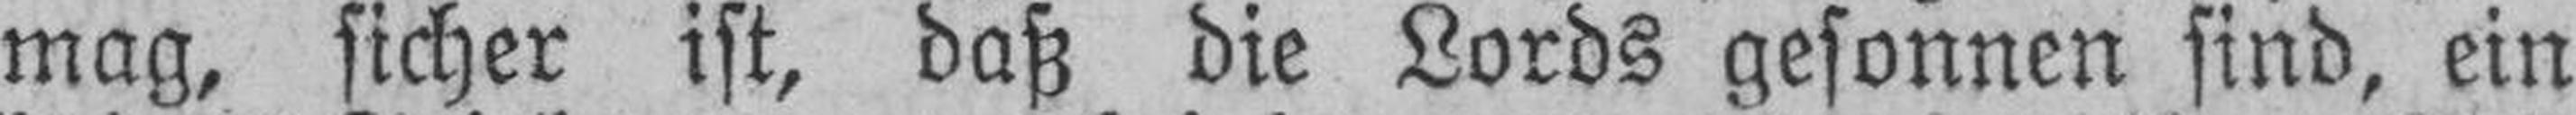
mag, sicher ist, daß die Lords gesonnen sind, ein